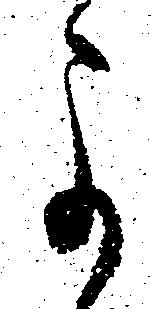
よ